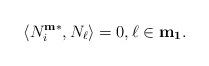
LaTeX: \begin{align*}\langle N_{i}^{ {\bf m}*}, N_\ell \rangle = 0,\ell\in {\bf m_1}.\end{align*}